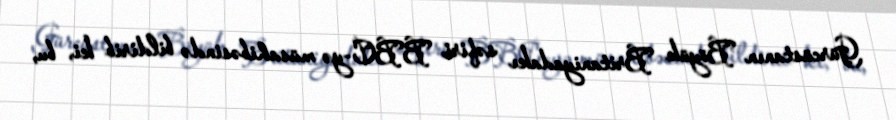
Gürcüstanın Böyük Britaniyadakı səfiri BBC-yə müsahibəsində bildirib ki, bu,